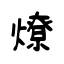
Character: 燎